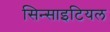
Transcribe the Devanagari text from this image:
सिन्साइटियल